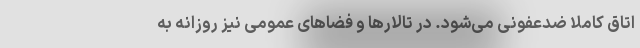
اتاق کاملا ضدعفونی می‌شود. در تالارها و فضاهای عمومی نیز روزانه به